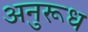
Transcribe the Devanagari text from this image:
अनुरूध